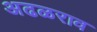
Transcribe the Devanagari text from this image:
अढळराव